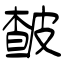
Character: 皶